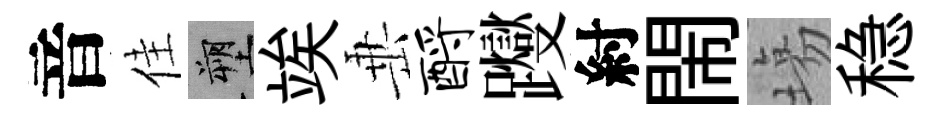
音佳塑竢𡸁酹躞紂閙塲稳